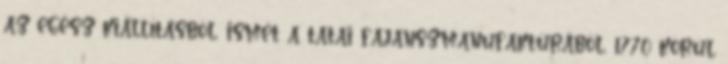
az egész kiállításból, ismét a tatai fajanszmanufaktúrából, 1770 körül